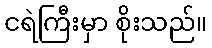
ငရဲကြီးမှာ စိုးသည်။